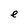
Character: e